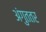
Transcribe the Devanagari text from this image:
अंगुततर